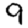
Digit: 9